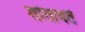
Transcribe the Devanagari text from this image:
शांतावते